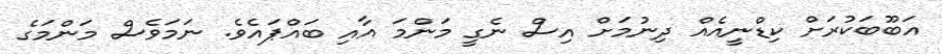
އަބޫބަކުރަށް ކިޑްނީއެއް ދިނުމަށް އިސް ނެގީ މަންމަ އާއި ބައްޕައެވެ. ނަމަވެސް މަންމަގެ